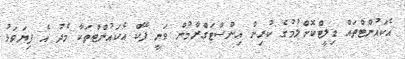
އެކައުންޓްތައް ޑިލީޓްކޮށްލުމުގެ ކުރިން އިންސްޓަގްރާމުން ވަނީ ފޭކް އެކައުންޓްތަކާ މެދު އެ ފިޔަވަޅު